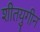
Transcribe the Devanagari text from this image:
शीतयुगीन